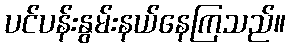
ပင်ပန်းနွမ်းနယ်နေကြသည်။